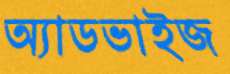
অ্যাডভাইজ